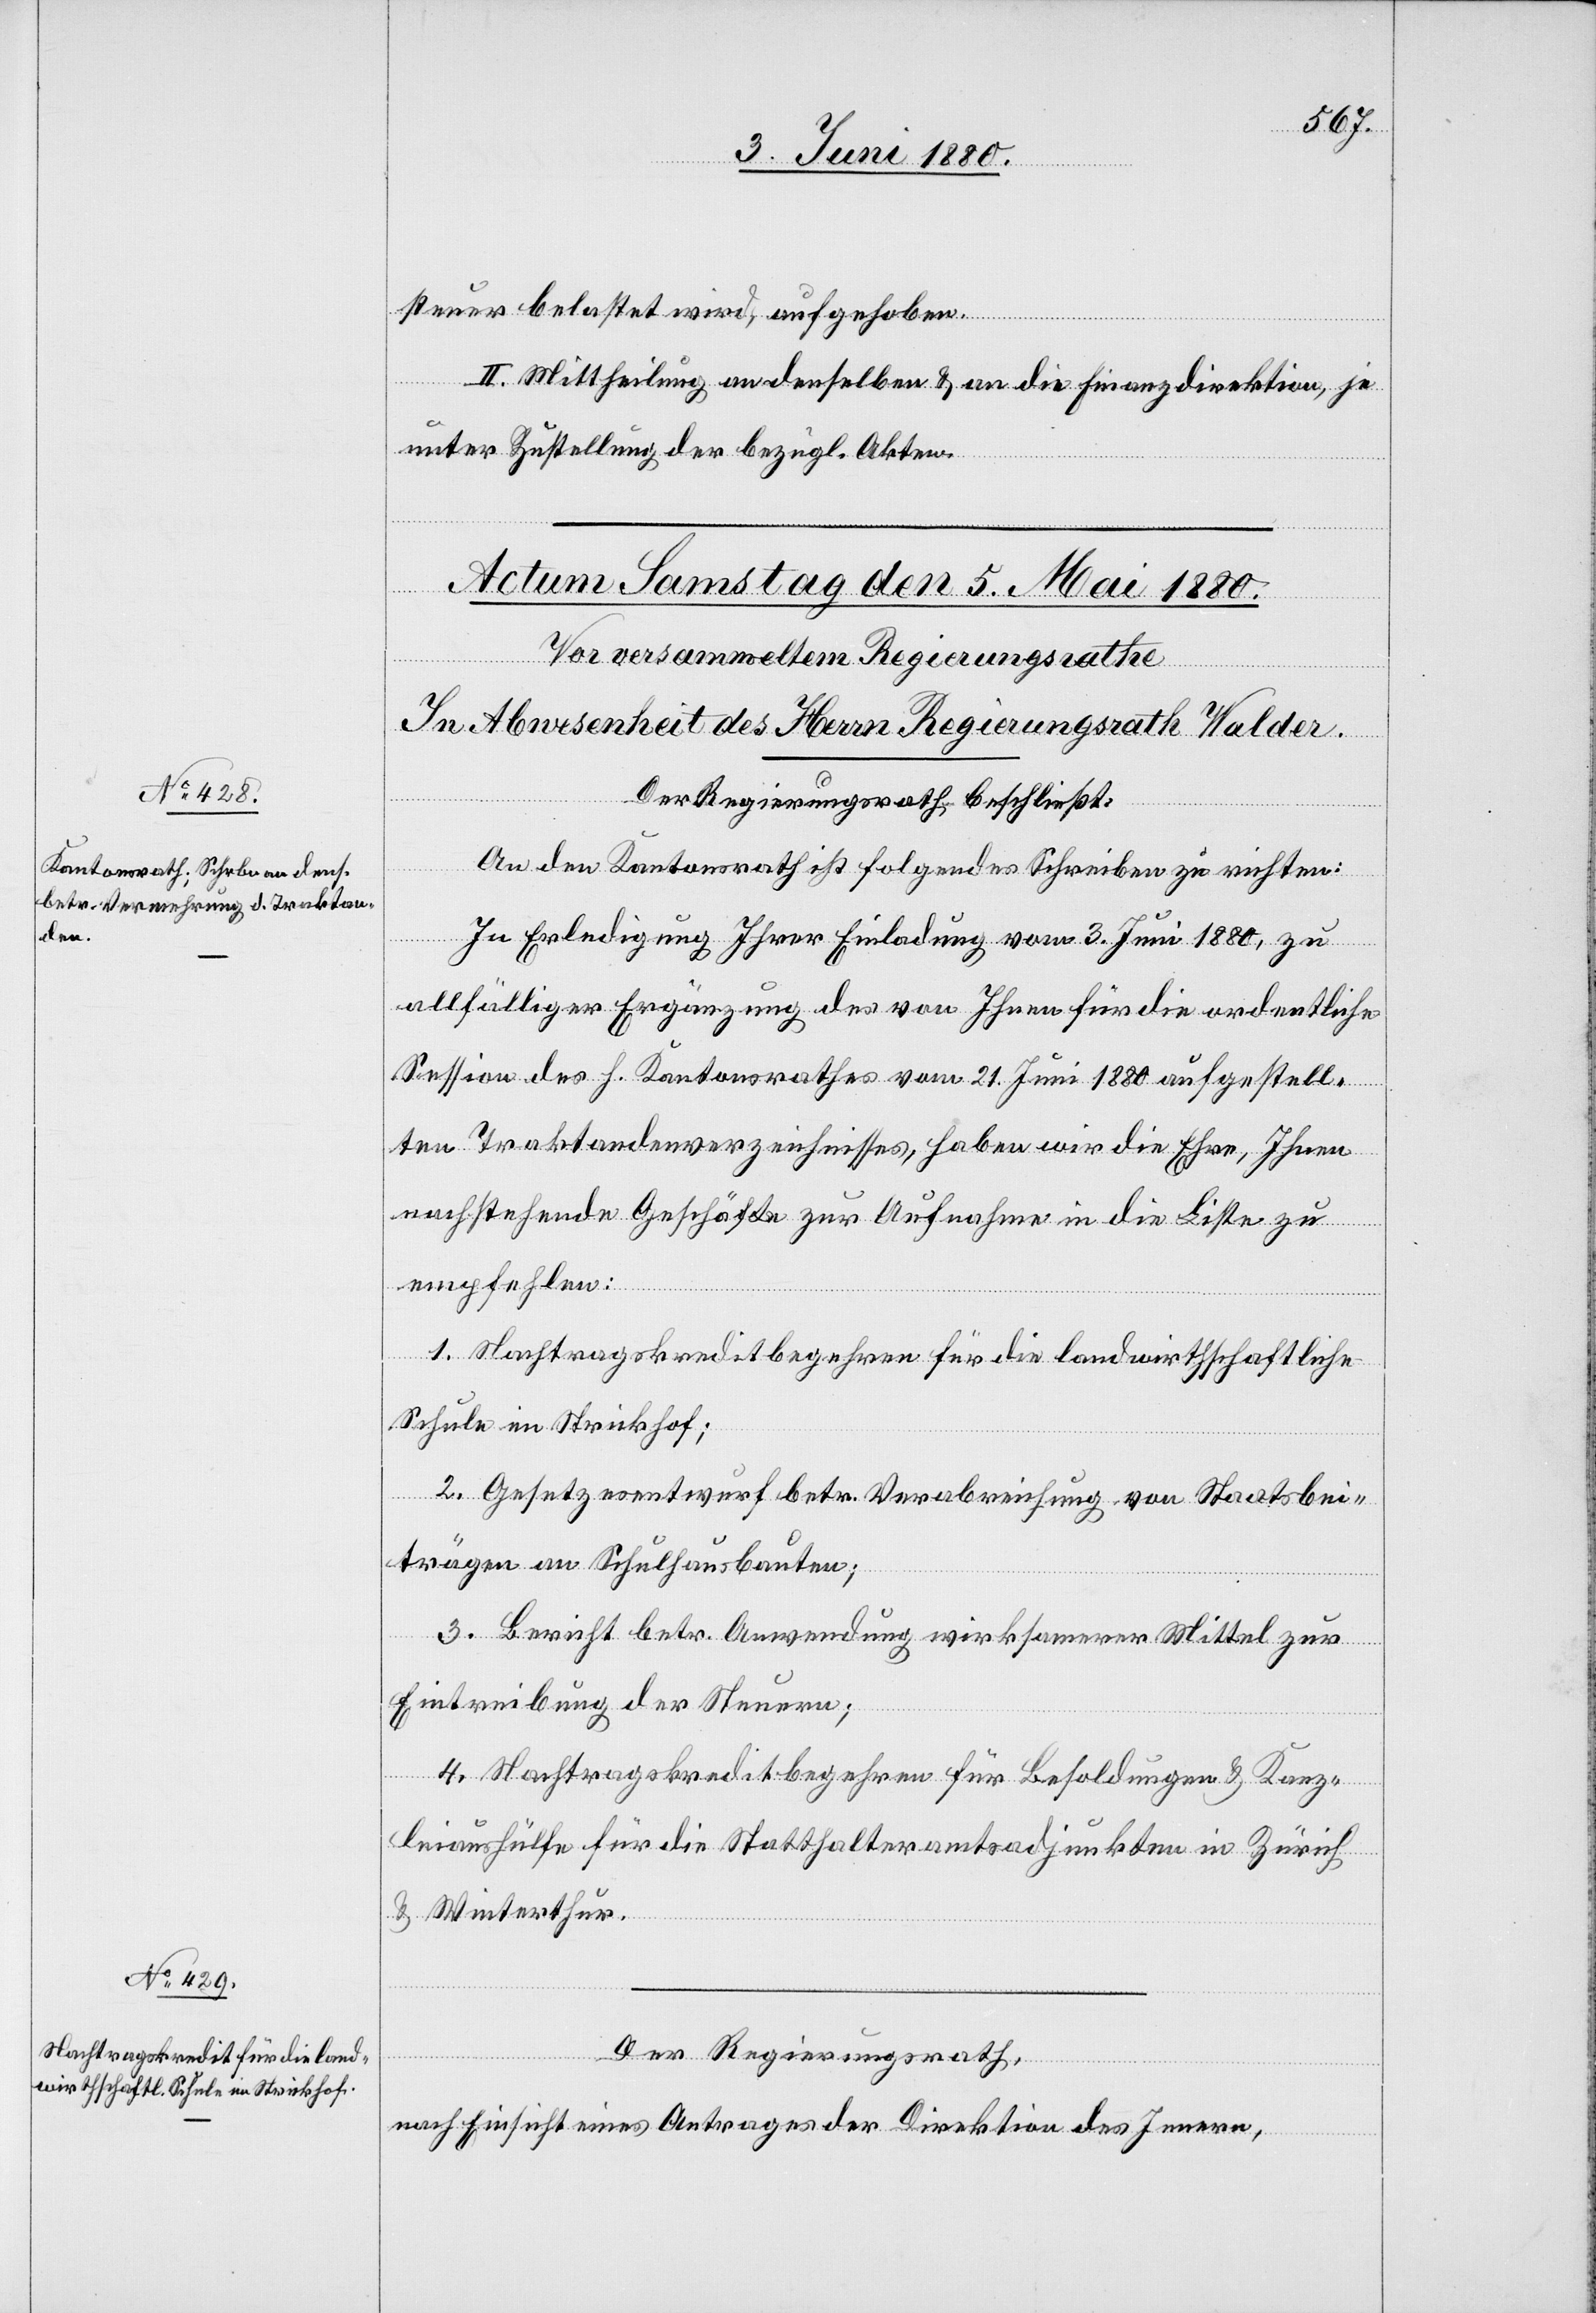
steuer belastet wird, aufgehoben.
II. Mittheilung an denselben & an die Finanzdirektion, je
unter Zustellung der bezügl. Akten.
Der Regierungsrath beschließt:
An den Kantonsrath ist folgendes Schreiben zu richten:
In Erledigung Ihrer Einladung vom 3. Juni 1880, zu
allfälliger Ergänzung des von Ihnen für die ordentliche
Session des h. Kantonsrathes vom 21. Juni 1880 aufgestell¬
ten Traktandenverzeichnisses, haben wir die Ehre, Ihnen
nachstehende Geschäfte zur Aufnahme in die Liste zu
empfehlen:
1. Nachtragskreditbegehren für die landwirthschaftliche
Schule im Strickhof;
2. Gesetzesentwurf betr. Verabreichung von Staatsbei¬
trägen an Schulhausbauten;
3. Bericht betr. Anwendung wirksamerer Mittel zur
Eintreibung der Steuern;
4. Nachtragskreditbegehren für Besoldungen & Kanz¬
leiaushülfe für die Statthalteramtsadjunkten in Zürich
& Winterthur.